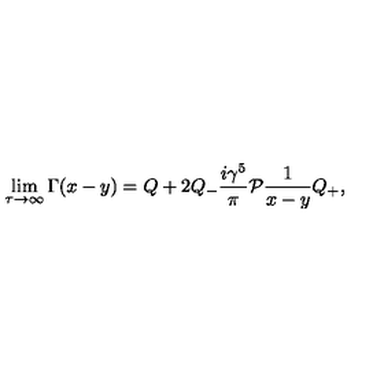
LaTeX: \lim _ { \tau \rightarrow \infty } \Gamma ( x - y ) = Q + 2 Q _ { - } \frac { i \gamma ^ { 5 } } { \pi } { \cal P } \frac { 1 } { x - y } Q _ { + } ,